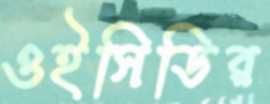
ওইসিডির